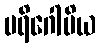
ပရိဂေါပိယ